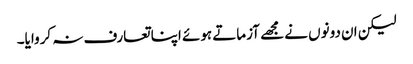
لیکن ان دونوں نے مجھے آزماتے ہوئے اپنا تعارف نہ کروایا۔